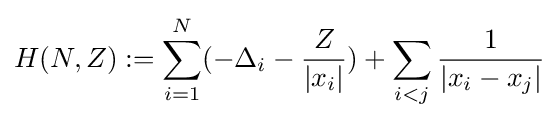
H(N,Z):=\sum _{i=1}^{N}(-\Delta _{i}-{\frac {Z}{|x_{i}|}})+\sum _{i<j}{\frac {1}{|x_{i}-x_{j}|}}